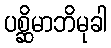
ပစ္ဆိမာဘိမုခါ